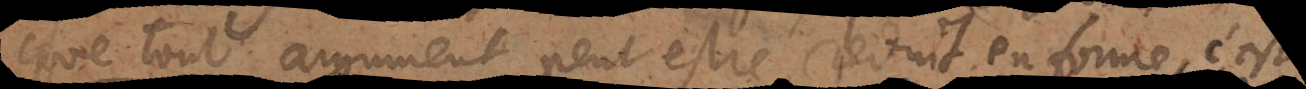
que tout argument peut estre reduit en forme, c